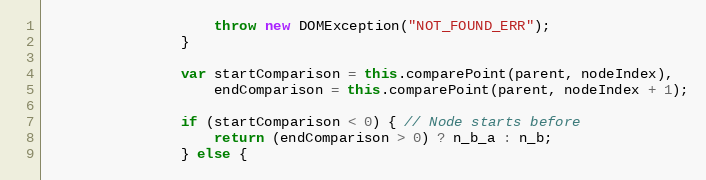
Language: JavaScript
                    throw new DOMException("NOT_FOUND_ERR");
                }

                var startComparison = this.comparePoint(parent, nodeIndex),
                    endComparison = this.comparePoint(parent, nodeIndex + 1);

                if (startComparison < 0) { // Node starts before
                    return (endComparison > 0) ? n_b_a : n_b;
                } else {